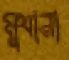
মুথানা